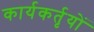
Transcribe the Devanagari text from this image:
कार्यकर्तृयों